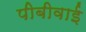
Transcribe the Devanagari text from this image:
पीबीवाई